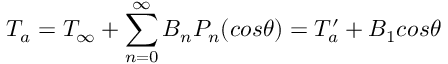
T _ { a } = T _ { \infty } + \sum _ { n = 0 } ^ { \infty } B _ { n } P _ { n } ( c o s \theta ) = { T _ { a } ^ { \prime } } + B _ { 1 } c o s \theta \,